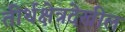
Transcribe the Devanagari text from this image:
तीर्थक्षेत्रदेखील